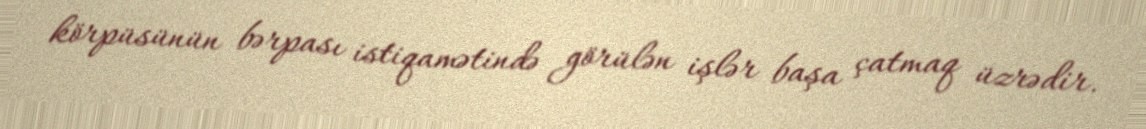
körpüsünün bərpası istiqamətində görülən işlər başa çatmaq üzrədir.